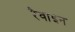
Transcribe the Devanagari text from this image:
रैवाइन